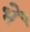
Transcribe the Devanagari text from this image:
भें